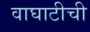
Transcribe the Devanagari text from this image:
वाघाटीची